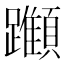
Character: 𨇪